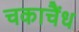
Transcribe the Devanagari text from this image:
चकाचैंध